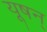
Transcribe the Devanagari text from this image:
यूषन्